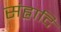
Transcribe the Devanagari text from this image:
संह्नादि